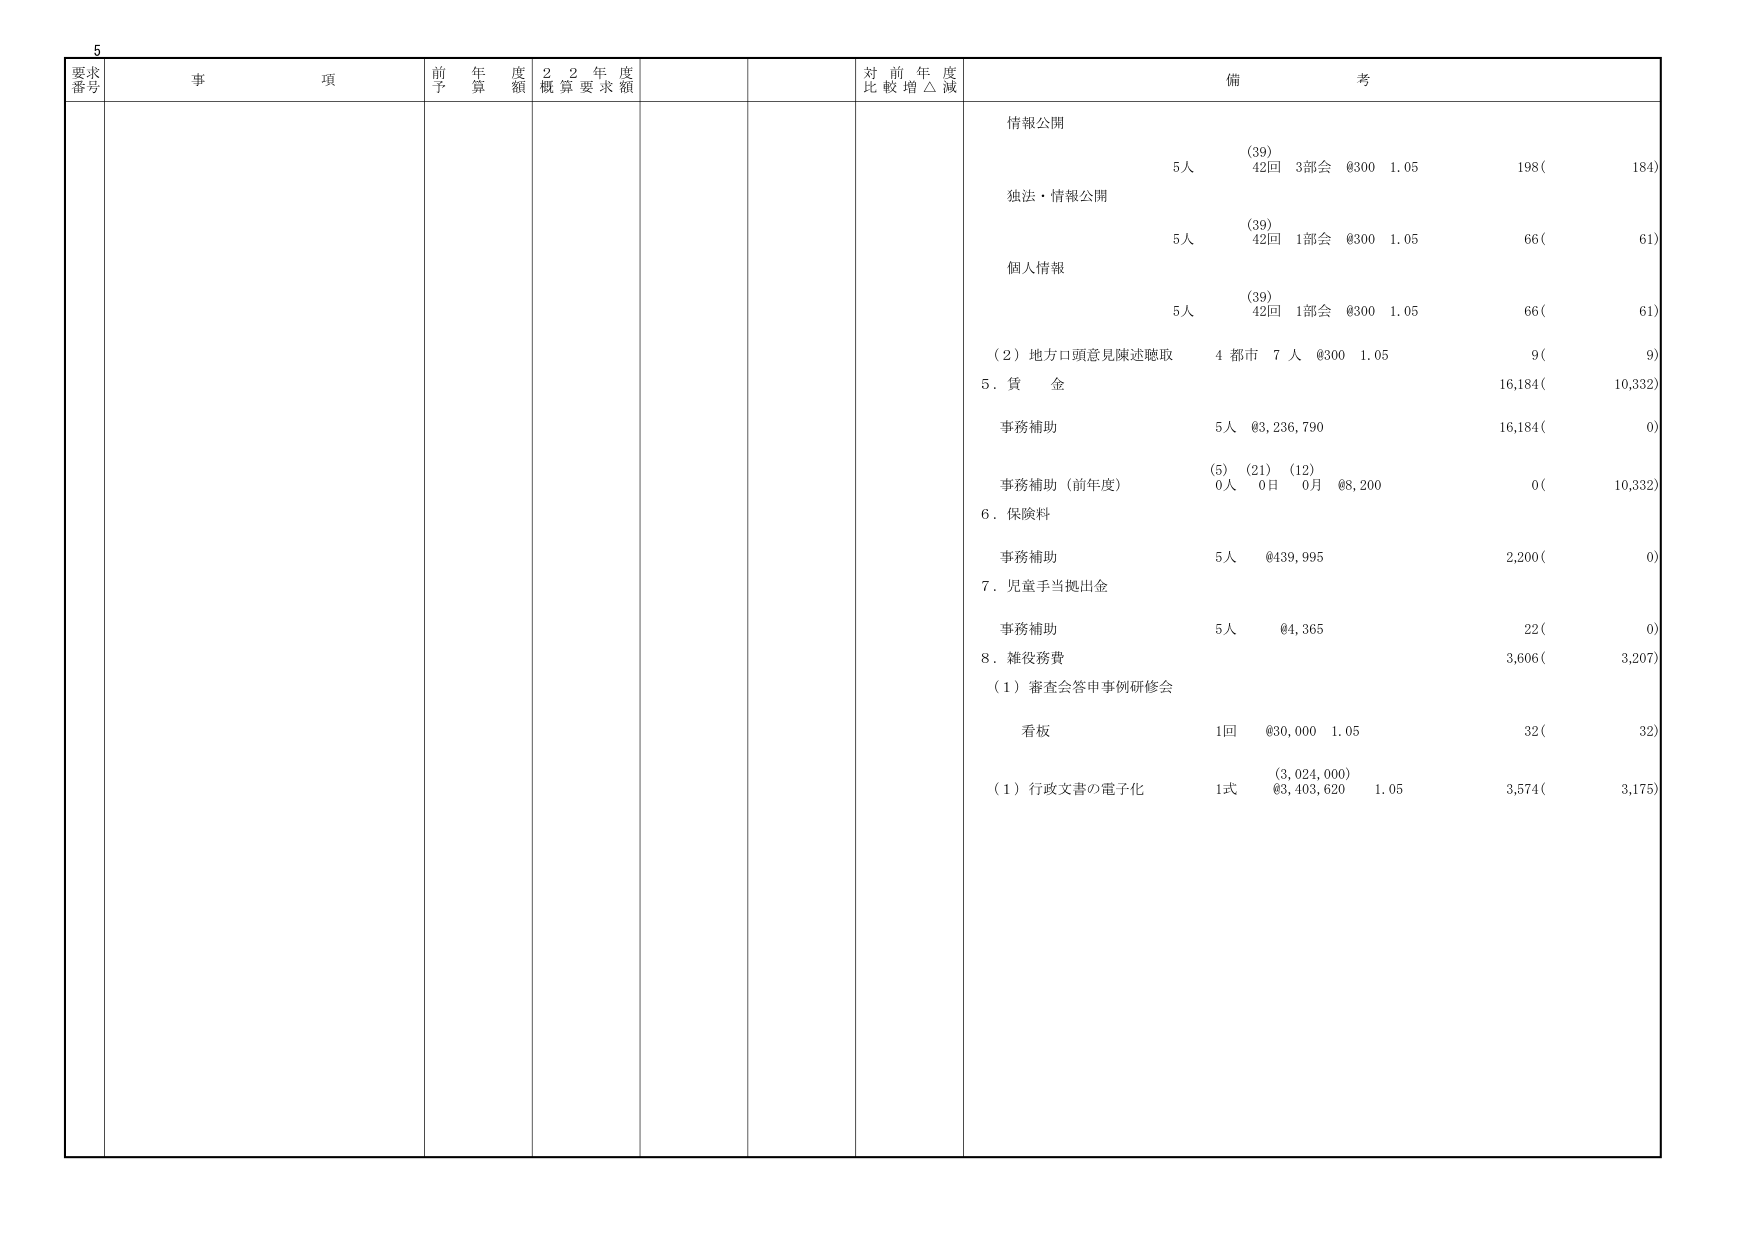
5
要求
番号
事 項
前 年 度
予 算 額
2 2 年 度
概 算 要 求 額
対 前 年 度
比 較 増 △ 減
備 考
情報公開
(39)
5人 42回 3部会 @300 1.05 198( 184)
独法・情報公開
(39)
5人 42回 1部会 @300 1.05 66( 61)
個人情報
(39)
5人 42回 1部会 @300 1.05 66( 61)
(2) 地方口頭意見陳述聴取 4 都市 7 人 @300 1.05 9( 9)
5. 賃 金 16,184( 10,332)
事務補助 5人 @3,236,790 16,184( 0)
(5) (21) (12)
事務補助（前年度） 0人 0日 0月 @8,200 0( 10,332)
6. 保険料
事務補助 5人 @439,995 2,200( 0)
7. 児童手当拠出金
事務補助 5人 @4,365 22( 0)
8. 雑役務費 3,606( 3,207)
(1) 審査会答申事例研修会
看板 1回 @30,000 1.05 32( 32)
(3,024,000)
(1) 行政文書の電子化 1式 @3,403,620 1.05 3,574( 3,175)